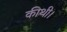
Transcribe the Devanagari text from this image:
कीथी।